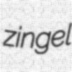
zingel